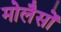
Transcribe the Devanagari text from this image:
मोलैसों